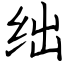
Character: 绌